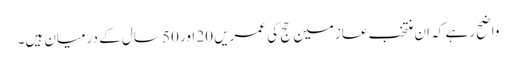
واضح رہے کہ ان منتخب عازمین حج کی عمریں 20 اور 50 سال کے درمیان ہیں۔